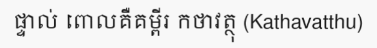
ផ្ទាល់ ពោលគឺគម្ពីរ កថាវត្ថុ (Kathavatthu)